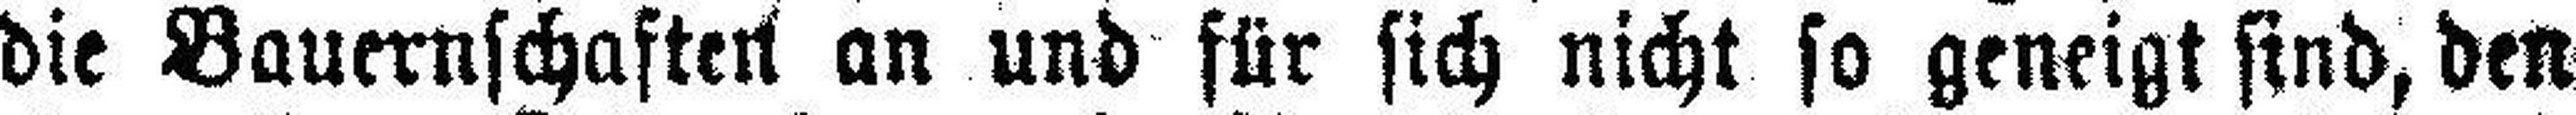
die Bauernschaften an und für sich nicht so geneigt sind, den